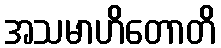
အသမာဟိတောတိ